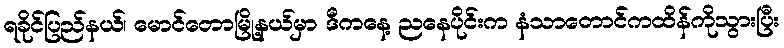
ရခိုင်ပြည်နယ်၊ မောင်တောမြို့နယ်မှာ ဒီကနေ့ ညနေပိုင်းက နံသာတောင်ကထိန်ကိုသွားပြီး